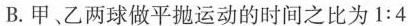
B.甲、乙两球做平抛运动的时间之比为1:4